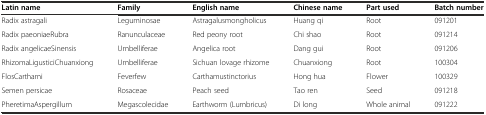
| Latin name | Family | English name | Chinese name | Part used | Batch number |
 | --- | --- | --- | --- | --- | --- |
 | Radix astragali | Leguminosae | Astragalusmongholicus | Huang qi | Root | 091201 |
 | Radix paeoniaeRubra | Ranunculaceae | Red peony root | Chi shao | Root | 091214 |
 | Radix angelicaeSinensis | Umbelliferae | Angelica root | Dang gui | Root | 091206 |
 | RhizomaLigusticiChuanxiong | Umbelliferae | Sichuan lovage rhizome | Chuanxiong | Root | 100304 |
 | FlosCarthami | Feverfew | Carthamustinctorius | Hong hua | Flower | 100329 |
 | Semen persicae | Rosaceae | Peach seed | Tao ren | Seed | 091218 |
 | PheretimaAspergillum | Megascolecidae | Earthworm (Lumbricus) | Di long | Whole animal | 091222 |